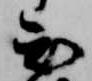
知